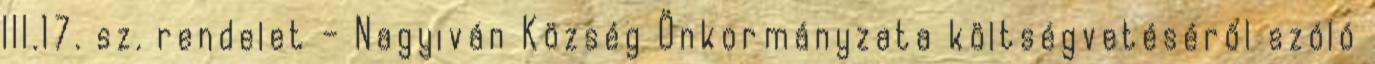
III.17. sz. rendelet – Nagyiván Község Önkormányzata költségvetéséről szóló